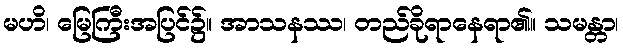
မဟိ၊ မြေကြီးအပြင်၌။ အာသနဿ၊ တည်ခိုရာနေရာ၏။ သမန္တာ၊